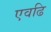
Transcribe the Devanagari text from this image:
एवढि